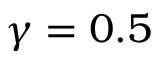
\gamma = 0 . 5